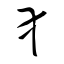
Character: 犭